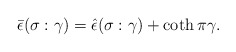
\begin{align*} \bar{\epsilon}(\sigma:\gamma)=\hat{\epsilon}(\sigma:\gamma)+\coth\pi\gamma .\end{align*}